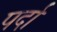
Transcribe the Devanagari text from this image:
पर्दां